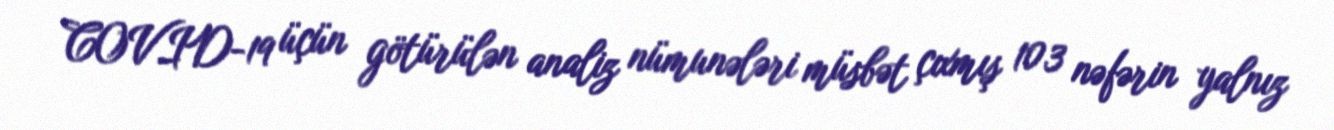
COVID-19 üçün götürülən analiz nümunələri müsbət çıxmış 103 nəfərin yalnız